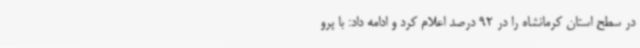
در سطح استان کرمانشاه را در 92 درصد اعلام کرد و ادامه داد: با پرو